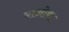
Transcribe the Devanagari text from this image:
बाओबा